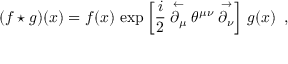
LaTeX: ( f \star g ) ( x ) = f ( x ) \, \exp \left[ \frac { i } { 2 } \stackrel { \leftarrow } { \partial _ { \mu } } \theta ^ { \mu \nu } \stackrel { \rightarrow } { \partial _ { \nu } } \right] \, g ( x ) \, \, \, ,